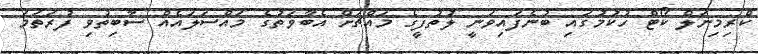
ކްރިމިނަލް ކޯޓް ހުކުމުގައި ބުނެފައިވަނީ ލުތުފީގެ މައްޗަށް އެބާވަތުގެ މައްސަލައެއް ސާބިތުވި ފުރަތަމަ